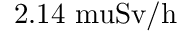
2 . 1 4 \mathrm { { \ m u } S v / h }